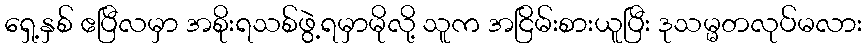
ရှေ့နှစ် ဧပြီလမှာ အစိုးရသစ်ဖွဲ့ရမှာမိုလို့ သူက အငြိမ်းစားယူပြီး ဒုသမ္မတလုပ်မလား